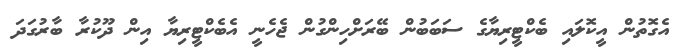
އެގޮތުން އީކޮލައި ބެކްޓީރިޔާގެ ސަބަބުން ބޭރަށްހިންގުން ޖެހެނީ އެބެކްޓީރިޔާ އިން ދޫކުރާ ބާރުގަދަ